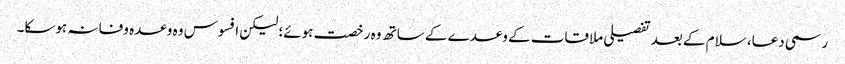
رسمی دعا، سلام کے بعد تفصیلی ملاقات کے وعدے کے ساتھ وہ رخصت ہوئے؛ لیکن افسوس وہ وعدہ وفا نہ ہوسکا۔